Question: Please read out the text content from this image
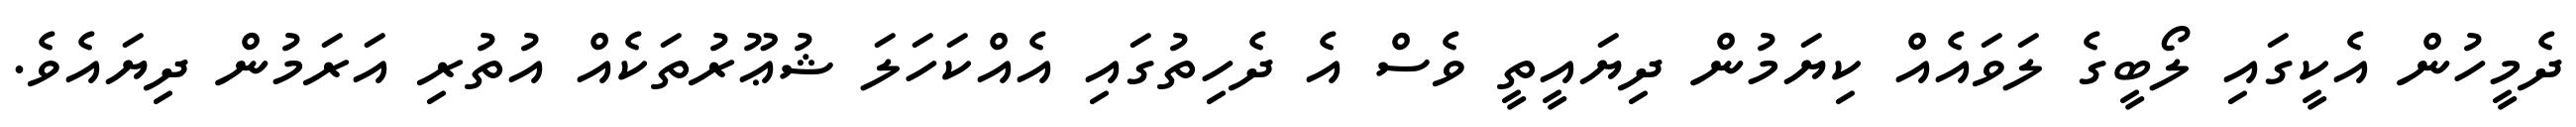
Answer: ދެމީހުން އެކީގައި ލޯބީގެ ލަވައެއް ކިޔަމުން ދިޔައީތީ ވެސް އެ ދެހިތުގައި އެއްކަހަލަ ޝުޢޫރުތަކެއް އުތުރި އަރަމުން ދިޔައެވެ.